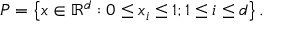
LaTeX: P = \left\{ x \in \mathbb { R } ^ { d } : 0 \leq x _ { i } \leq 1 ; 1 \leq i \leq d \right\} .